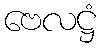
ဗေလဋ္ဌံ